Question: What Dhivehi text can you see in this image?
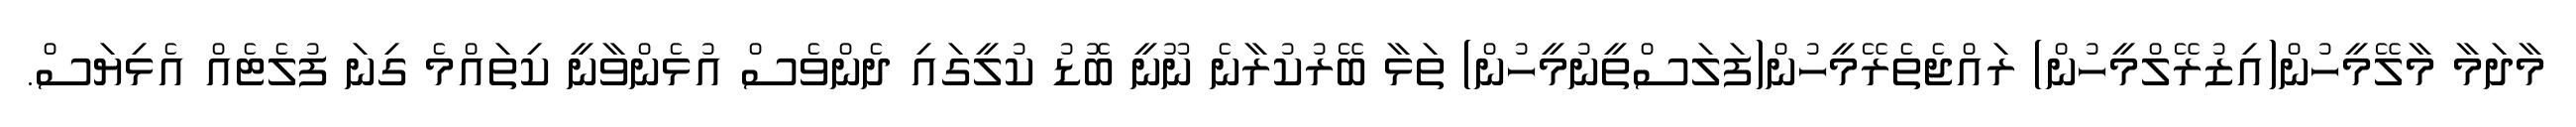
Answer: މާދަމާ މާލޭމީހުން(އިޒުރޭލްމީހުން) ރައްޖެތެރޭމީހުން(ފަލަސްތީނުމީހުން) ތަޅާ ބޭރުކުރާނެ ނޫނީ ބޮޑު ކުލީގައި ދެންވެސް އުޅެންވާނީ ކިތައްމެ ގިނަ ފުލެޓެއް އެޅިޔަސް.